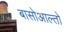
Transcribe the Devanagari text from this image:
बासोआल्तो